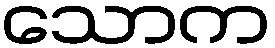
သောက